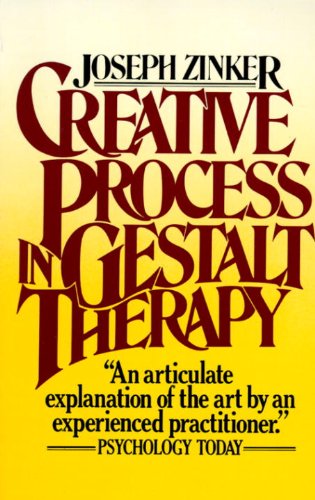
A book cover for Creative Process in Gestalt Therapy; Joseph Zinker; Science & Math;